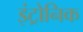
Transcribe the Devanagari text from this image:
इंट्रोनिक